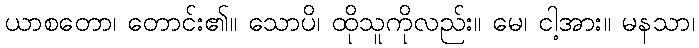
ယာစတော၊ တောင်း၏။ သောပိ၊ ထိုသူကိုလည်း။ မေ၊ ငါ့အား။ မနသာ၊